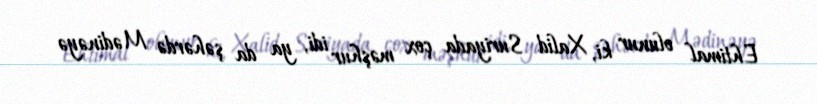
Ehtimal olunur ki, Xalid Suriyada çox məşhur idi, ya da şəhərdə Mədinəyə